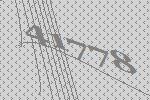
41778